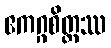
ဧကဂ္ဂစိတ္တဿ